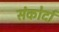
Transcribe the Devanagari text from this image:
संकोर्दा